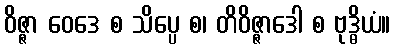
ဝိဇ္ဇာ ဝေဒေ စ သိပ္ပေ စ၊ တိဝိဇ္ဇာဒေါ စ ဗုဒ္ဓိယံ။